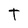
Character: T